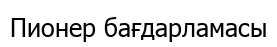
Пионер бағдарламасы